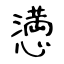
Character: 𢡛